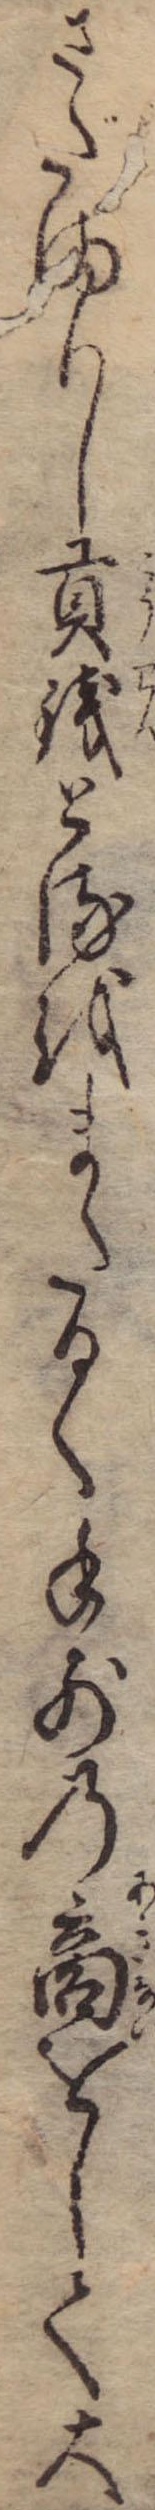
さだまりし貢銭とるをまだるく手前の商をして大